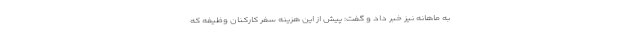
به ماهانه نیز خبر داد و گفت: پیش از این هزینه سفر کارکنان وظیفه که